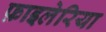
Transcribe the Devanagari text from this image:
फ़ाइलेरिया